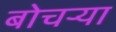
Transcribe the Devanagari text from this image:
बोचर्‍या